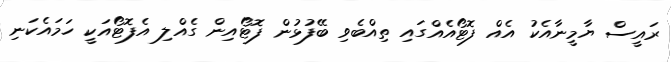
ރައީސް ޔާމީނާއެކު އެއް ފޮޓޯއެއްގައި ތިއްބެވި ބޭފުޅުން ފޮޓޯއިން ގެއްލި އެފޮޓޯއަކީ ހަމައެކަނި